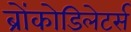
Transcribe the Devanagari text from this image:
ब्रोंकोडिलेटर्स